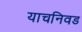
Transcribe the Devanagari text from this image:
याचनिवड